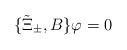
LaTeX: \begin{align*}\{\tilde{\Xi}_\pm ,B\}\varphi=0\end{align*}